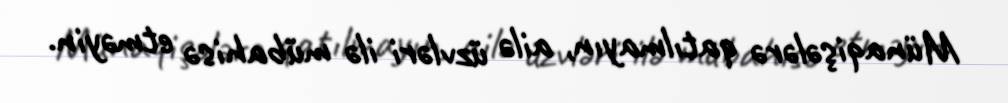
Münaqişələrə qatılmayın, ailə üzvləri ilə mübahisə etməyin.